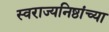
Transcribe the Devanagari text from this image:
स्वराज्यनिष्ठांच्या